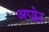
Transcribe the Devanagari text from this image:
अप्प्लेट